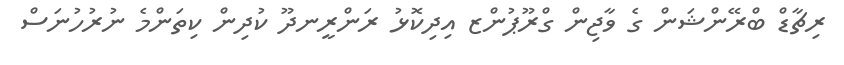
ރިޗާޑް ބްރޭންޝަން ގެ ވާޖިން ގްރޫޕުންޒ އިދިކޮޅު ރަންރީނދޫ ކުދިން ކިތަންމެ ނުރުހުނަސް